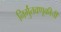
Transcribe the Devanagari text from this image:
निर्गुंतवणूकीची